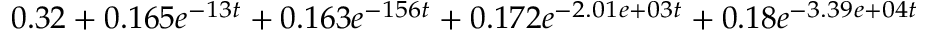
0 . 3 2 + 0 . 1 6 5 e ^ { - 1 3 t } + 0 . 1 6 3 e ^ { - 1 5 6 t } + 0 . 1 7 2 e ^ { - 2 . 0 1 e + 0 3 t } + 0 . 1 8 e ^ { - 3 . 3 9 e + 0 4 t }